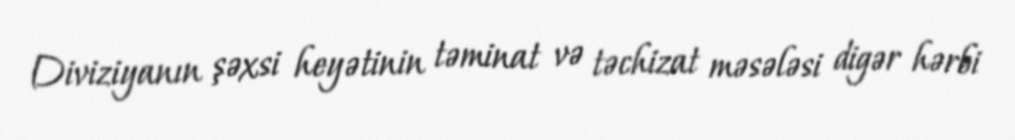
Diviziyanın şəxsi heyətinin təminat və təchizat məsələsi digər hərbi